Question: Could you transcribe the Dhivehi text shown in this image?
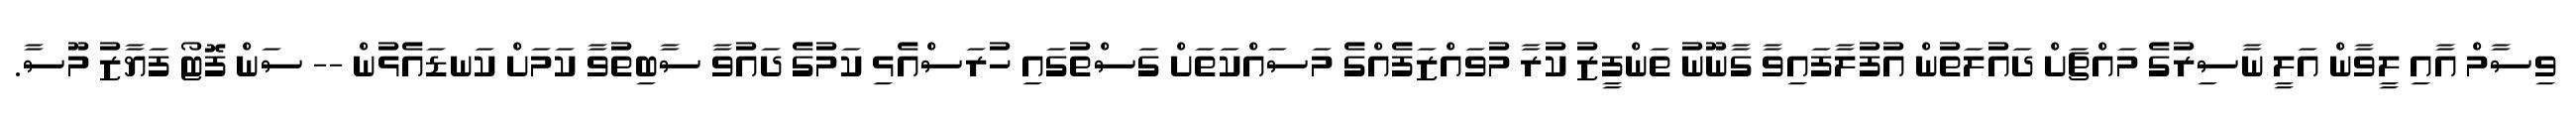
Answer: ވިސާމް އާއި ލީވާން އަލީ ނާސިރުގެ މައްޗަށް ދައުލަތުން އުފުލާފައިވާ ގާނޫނު ތަންފީޒު ކުރާ މުވައްޒަފެއްގެ މަސައްކަތަށް ގަސްތުގައި ހުރަސްއެޅި ކަމުގެ ދައުވާ ސާބިތުވާ ކަމަށް ކަނޑައެޅުން -- ސަން ފޮޓޯ ފަޔާޒު މޫސާ.